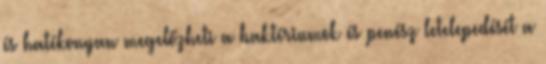
és hatékonyan megelőzheti a baktériumok és penész letelepedését a